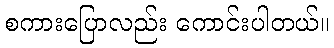
စကားပြောလည်း ကောင်းပါတယ်။